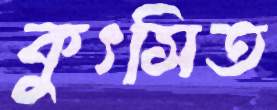
কুৎসিত